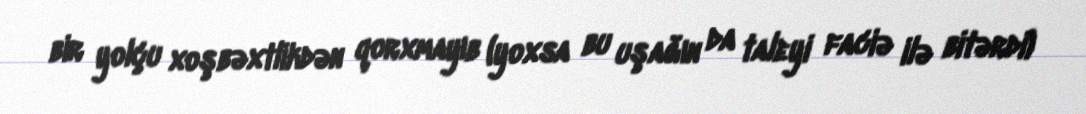
bir yolçu xoşbəxtlikdən qorxmayıb (yoxsa bu uşağın da taleyi faciə ilə bitərdi)